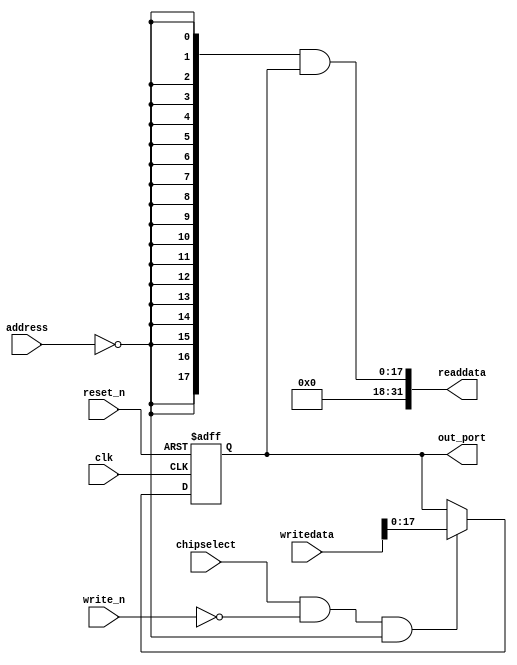
module de2_115_WEB_Qsys_ledr (
                               // inputs:
                                address,
                                chipselect,
                                clk,
                                reset_n,
                                write_n,
                                writedata,

                               // outputs:
                                out_port,
                                readdata
                             )
;

  output  [ 17: 0] out_port;
  output  [ 31: 0] readdata;
  input   [  1: 0] address;
  input            chipselect;
  input            clk;
  input            reset_n;
  input            write_n;
  input   [ 31: 0] writedata;

  wire             clk_en;
  reg     [ 17: 0] data_out;
  wire    [ 17: 0] out_port;
  wire    [ 17: 0] read_mux_out;
  wire    [ 31: 0] readdata;
  assign clk_en = 1;
  //s1, which is an e_avalon_slave
  assign read_mux_out = {18 {(address == 0)}} & data_out;
  always @(posedge clk or negedge reset_n)
    begin
      if (reset_n == 0)
          data_out <= 0;
      else if (chipselect && ~write_n && (address == 0))
          data_out <= writedata[17 : 0];
    end


  assign readdata = {{{32- 18}{1'b0}},read_mux_out};
  assign out_port = data_out;

endmodule